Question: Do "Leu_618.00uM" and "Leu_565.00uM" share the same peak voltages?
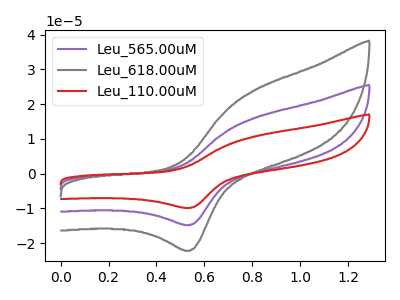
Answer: <think>The purple curve "Leu_565.00uM" has an anodic peak at (0.80V, 16.10uA) and a cathodic peak at (0.55V, -14.80uA). The gray curve "Leu_618.00uM" has an anodic peak at (0.80V, 24.10uA) and a cathodic peak at (0.55V, -22.15uA). The red curve "Leu_110.00uM" has an anodic peak at (0.80V, 32.20uA) and a cathodic peak at (0.55V, -29.55uA).</think>
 <answer>Yes, "Leu_618.00uM" have a peak in "Leu_565.00uM" at the same potential.</answer>
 <eval>match</eval>